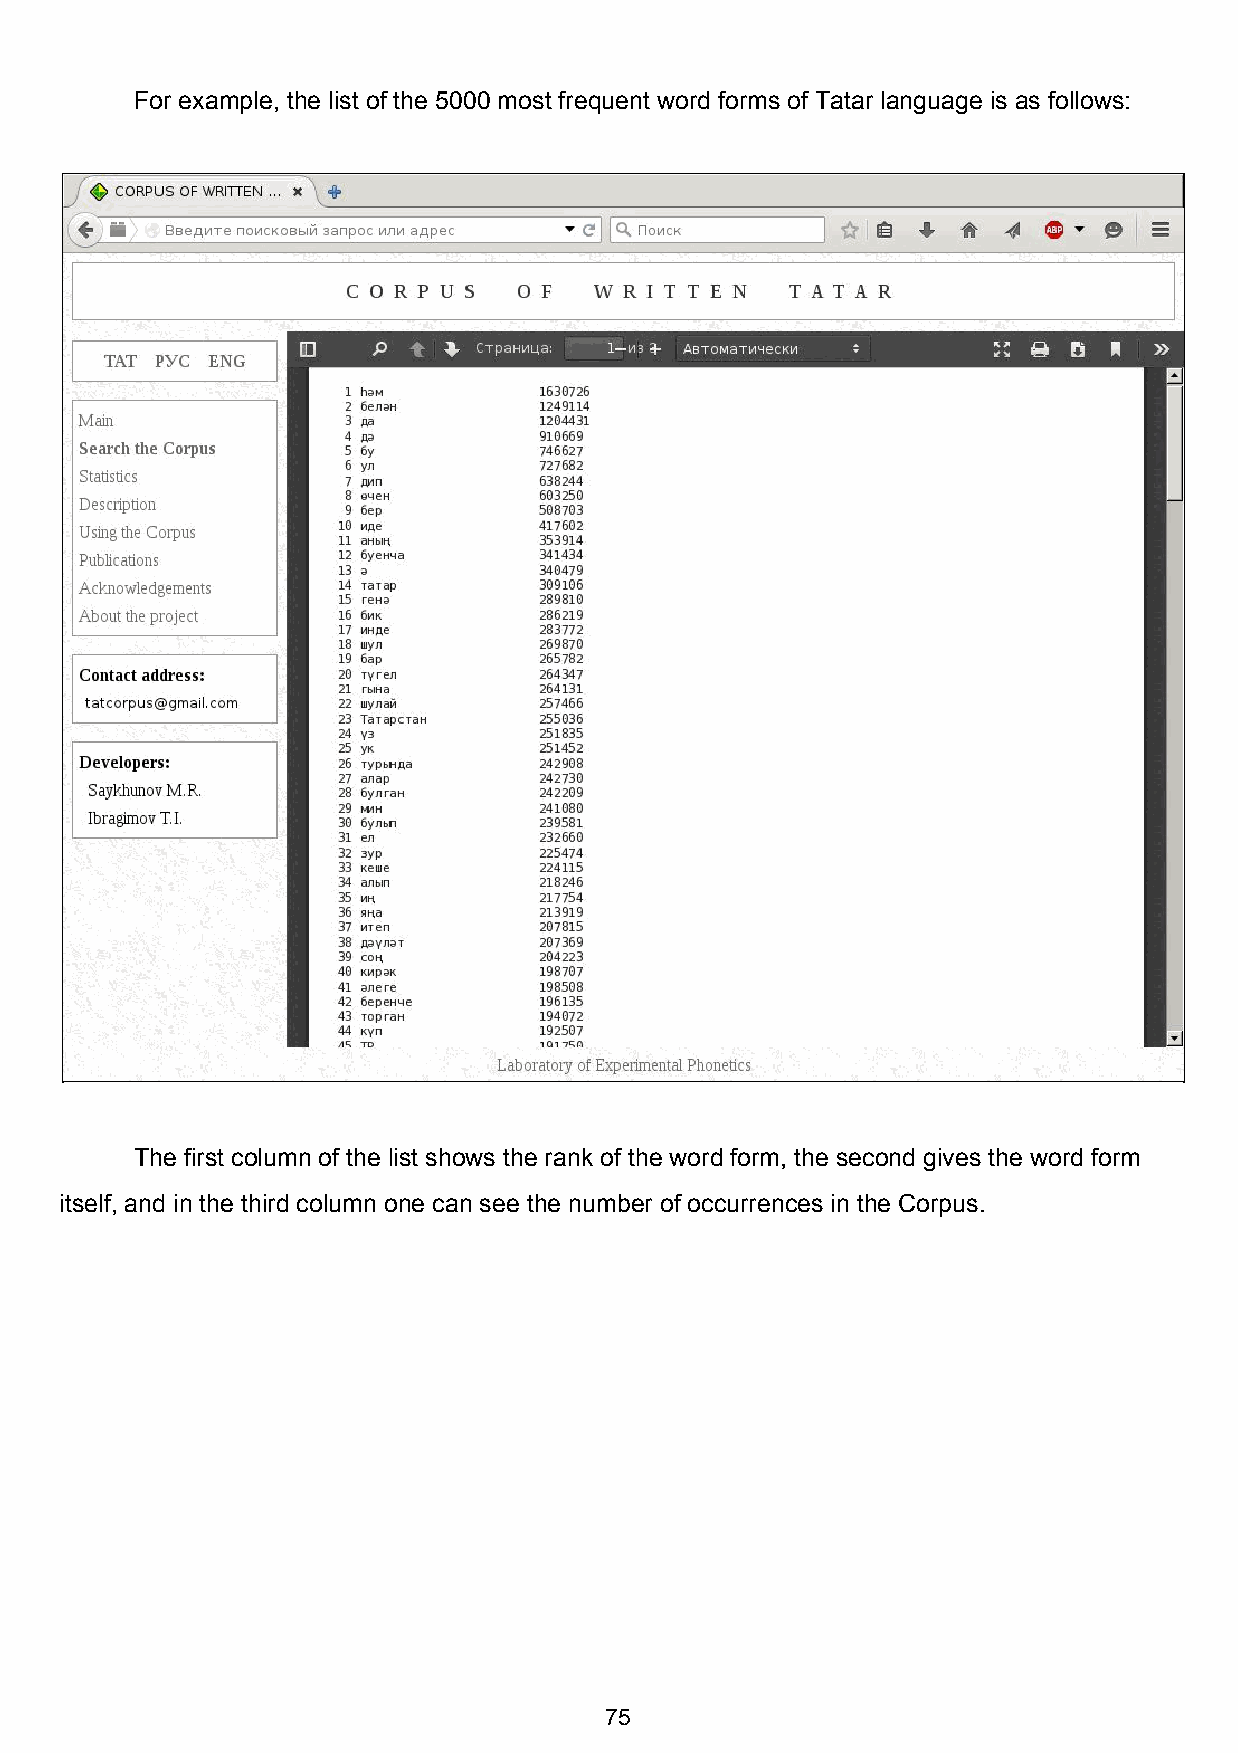
For example, the list of the 5000 most frequent word forms of Tatar language is as follows:
 The first column of the list shows the rank of the word form, the second gives the word form
 itself, and in the third column one can see the number of occurrences in the Corpus.
 75